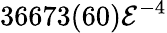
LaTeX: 36673(60)\mathcal{E}^{-4}